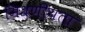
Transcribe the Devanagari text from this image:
मिश्रणीयता